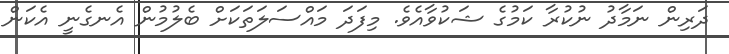
ދަރިން ނަމާދު ނުކުރާ ކަމުގެ ޝަކުވާއެވެ. މިފަދަ މައްސަލަތަކަށް ބެލުމުން އެނގެނީ އެކަން